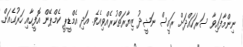
ނިންމާފައިވާ ސަރަހައްދަށް ރައީސް ނަޝީދު ޒިޔާރަތްކުރެއްވިއެވެ. އަދި އެމްޑީޕީ ކެމްޕޭން އޮފީހާއި ހަރުގެއަށް